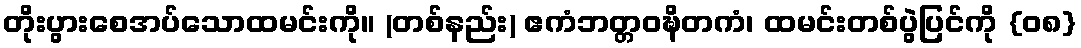
တိုးပွားစေအပ်သောထမင်းကို။ (တစ်နည်း) ဧကံဘတ္တဝဍ္ဎိတကံ၊ ထမင်းတစ်ပွဲပြင်ကို {၀၈}